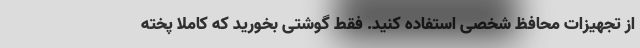
از تجهیزات محافظ شخصی استفاده کنید. فقط گوشتی بخورید که کاملا پخته